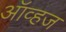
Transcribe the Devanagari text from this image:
ऑव्हज